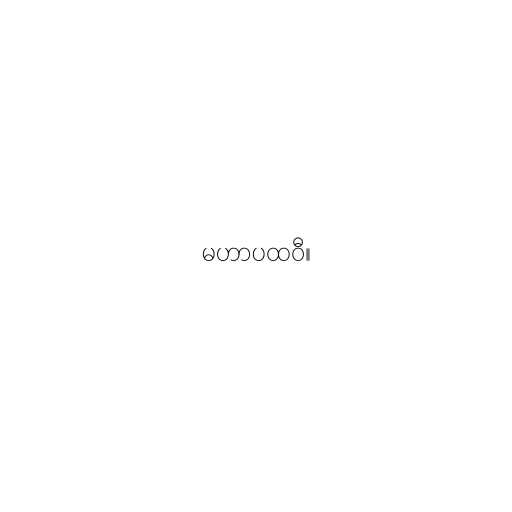
မဟာပထဝီ။